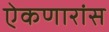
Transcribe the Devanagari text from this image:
ऐकणारांस